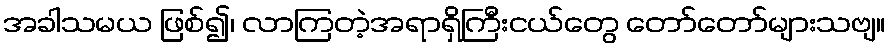
အခါသမယ ဖြစ်၍၊ လာကြတဲ့အရာရှိကြီးငယ်တွေ တော်တော်များသဗျ။